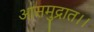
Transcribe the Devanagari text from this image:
आसमुद्रात।।